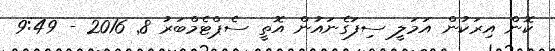
ކޮން އިރަކުން އަމަލީ ސިފަގެނައުން އޮތީ ސެޕްޓެމްބަރު 8